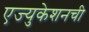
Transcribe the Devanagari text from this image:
एज्युकेशनची